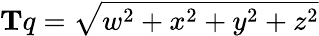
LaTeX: \mathbf{T}q={\sqrt{w^{2}+x^{2}+y^{2}+z^{2}}}